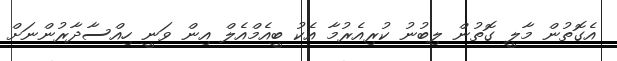
އެގޮތުން މާލީ ގޮތުން ލިބުނު ކުރިއެރުމާ އެކު ބީއެމްއެލް އިން ވަނީ ހިއްސާދާރުންނަށް